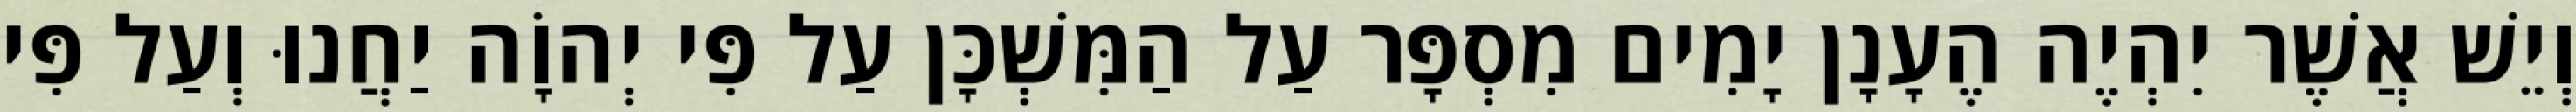
וְיֵשׁ אֲשֶׁר יִהְיֶה הֶעָנָן יָמִים מִסְפָּר עַל הַמִּשְׁכָּן עַל פִּי יְהוָֹה יַחֲנוּ וְעַל פִּי